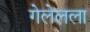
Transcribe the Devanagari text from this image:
गेलेलला